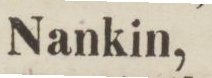
Nankin,